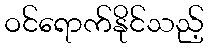
ဝင်ရောက်နိုင်သည့်